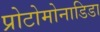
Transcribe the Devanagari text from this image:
प्रोटोमोनाडिडा